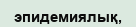
эпидемиялық,